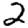
Digit: 2